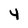
Character: y